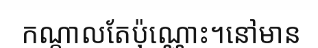
កណ្តាលតែប៉ុណ្ណោះ។នៅមាន